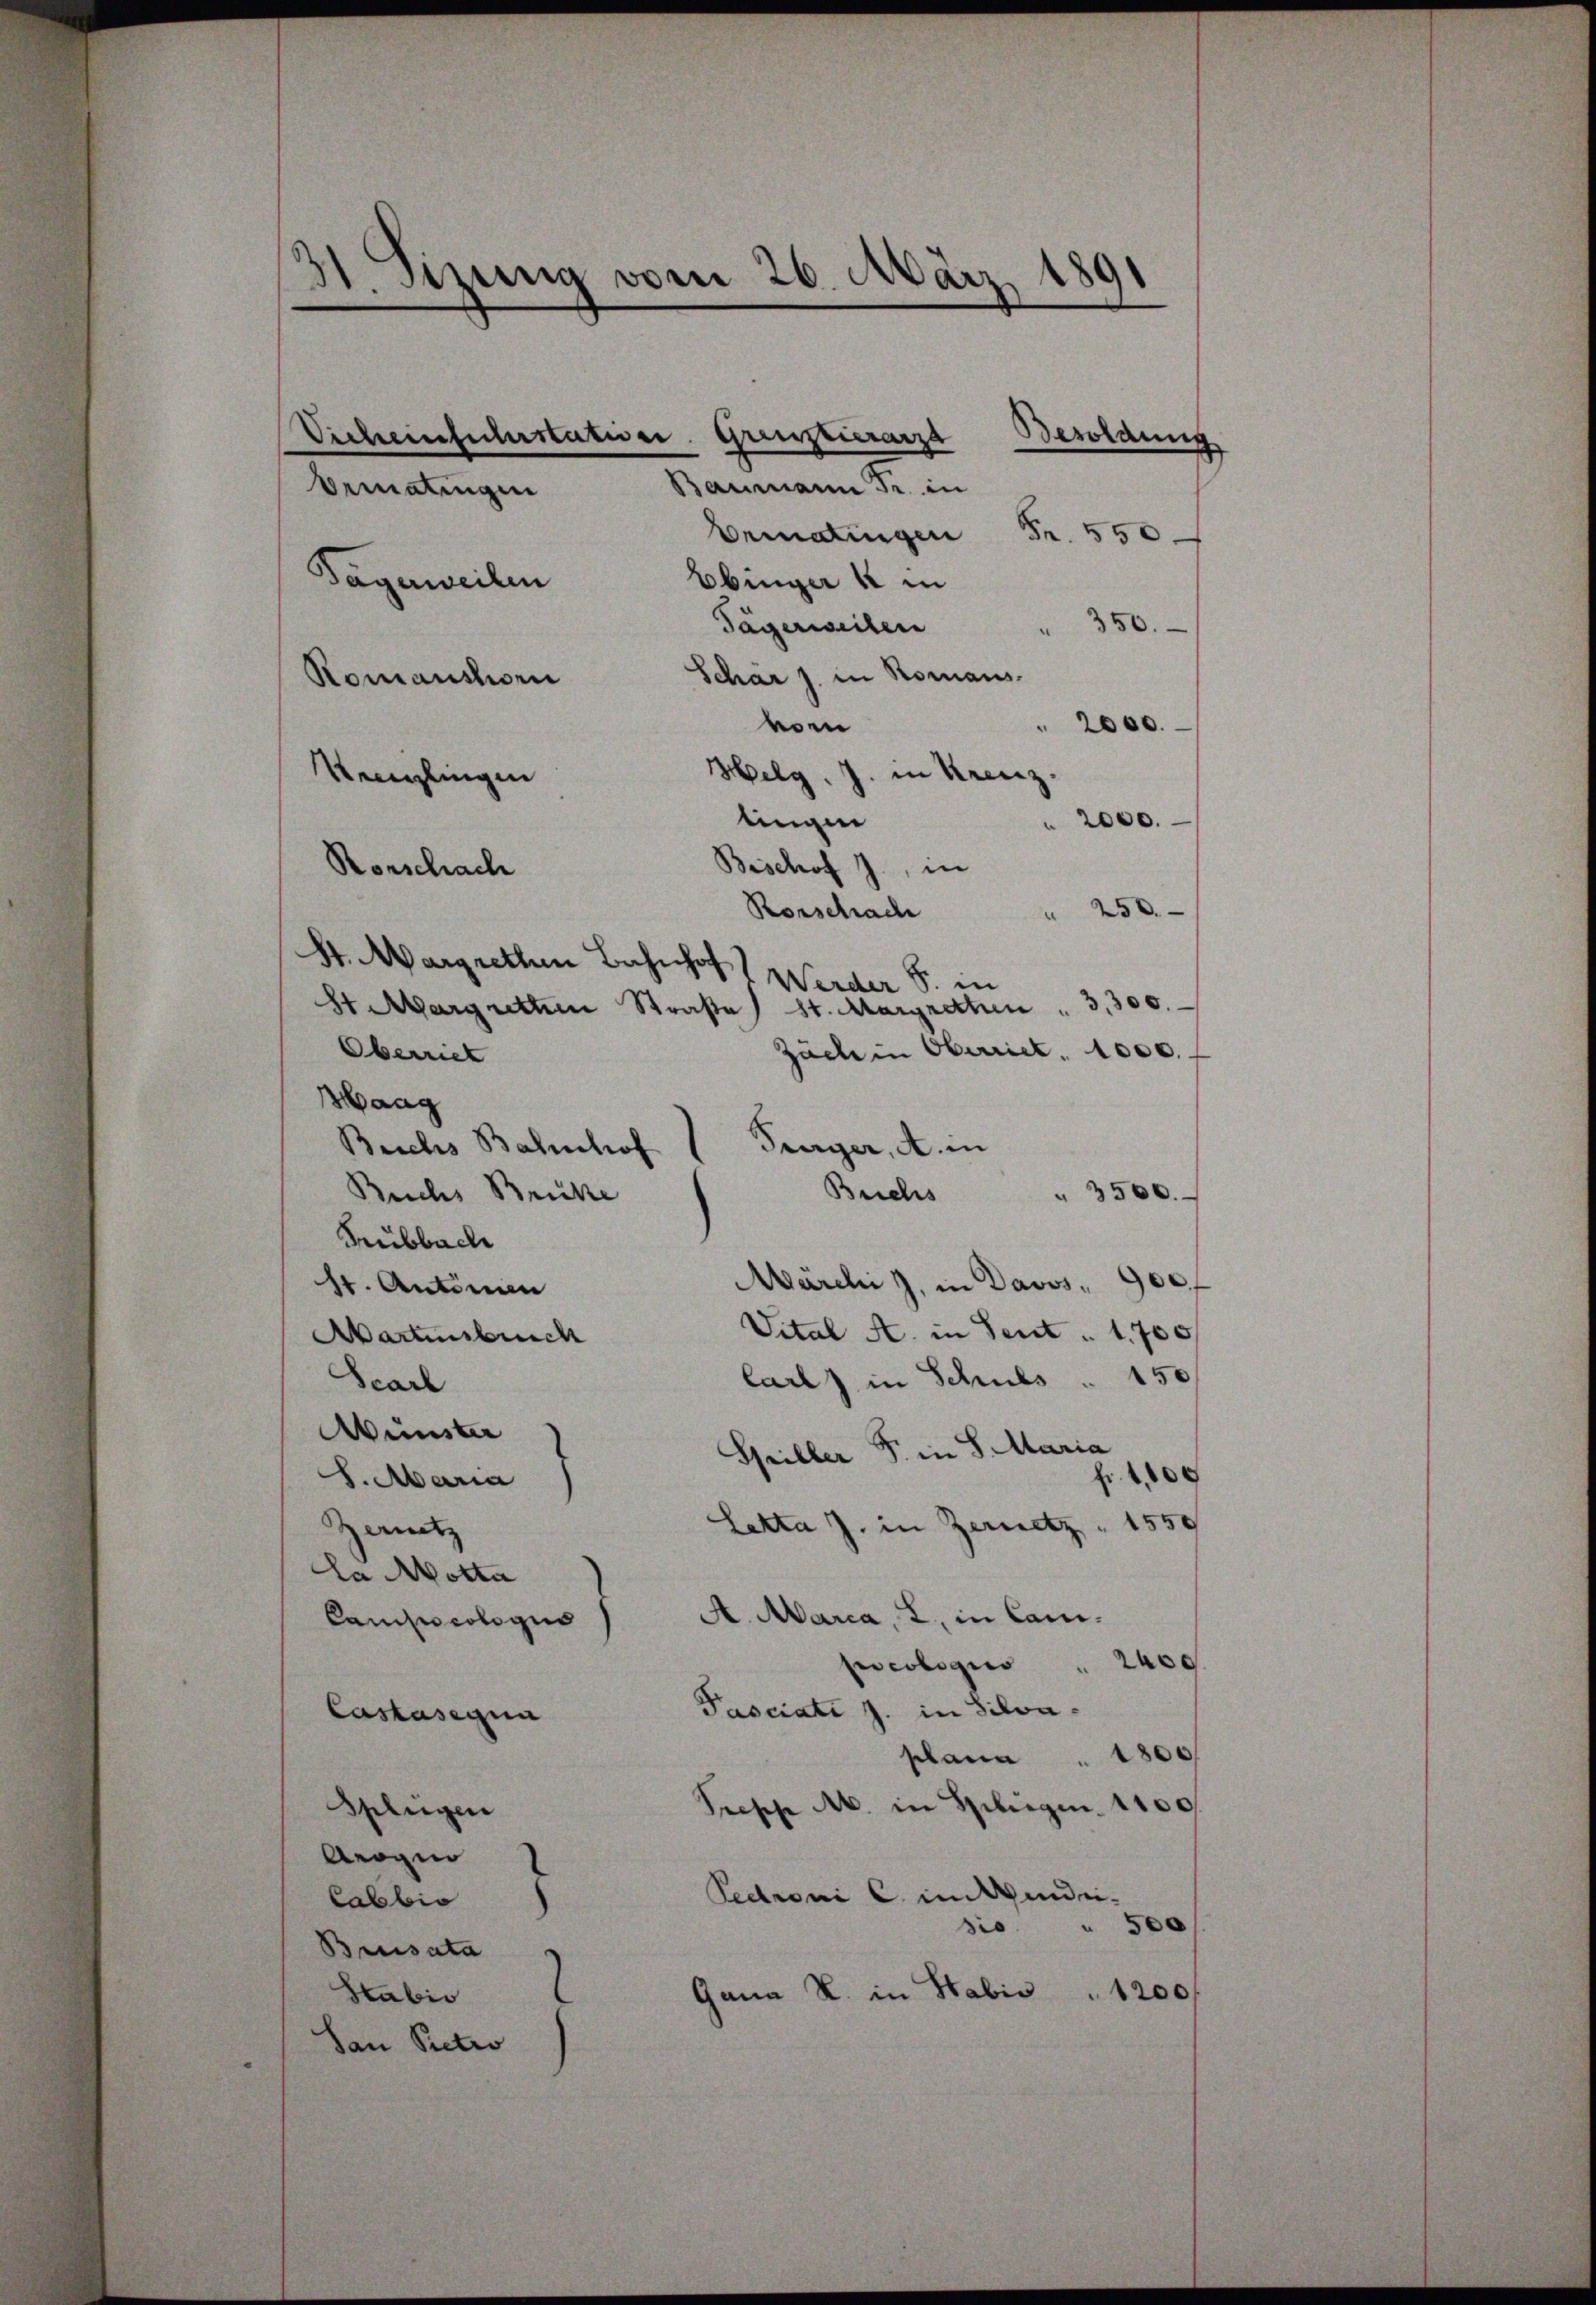
31. Sizung vom 26. März 1891

Ermatingen Fr. 550
Ebinger u in
350.
Tägerweiten
Romanshorn Schär j. in Romans.
vom
 2000.
Helg. J. in Kreuz.
Venglingen
tingen
2000.
Rorschach
Bischof J., in
250.
Rorschach
St. Margrethen Bahnhof
Werder S. in
St Margretten Straβe) St. Margrethen " 3,300.
Zäche in Oberriet, 1000.
Oberriet
Haag
Brichs Bahnhof (Turger, A. in
Brichs
Buchs Brücke
" 3500.
Trubbach
Märchi z, in Davos " 900 f
sr. Antinnen
Vital A. in Sent. 1700f
Wartensbruch
larl) in Schuls " 150
Scarl
Münster
Spiller S. in S. Maria
f. 1,600
S. Maria
Letta J. in Zersetz 1550
Zenitz
la Motta
A. Marca, L., in Can¬
Canisicologis
preologis 2400
Pasciati J. in Silva-
Castasegun
plana . 1800
Treppe M. in Splügen. 1100.
Splügen
Arogin
Pedroni C. im Winde-
Cabbia
sio " 500
Brusata
Gana R. in Habis 1200f
Stabis
San Petro

Vicheintulerstation
¬
Bematingen
Tägerweilen

Grinstierarz
Baumann Fr. in

d

Besoldung